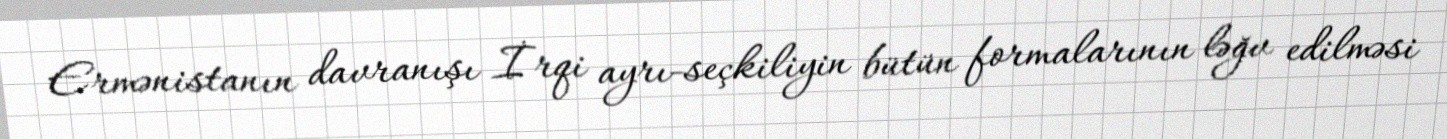
Ermənistanın davranışı İrqi ayrı-seçkiliyin bütün formalarının ləğv edilməsi